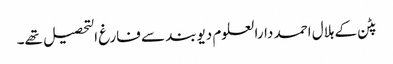
پٹن کے ہلال احمد دارالعلوم دیوبند سے فارغ التحصیل تھے۔